Report of the Indian Hemp Drugs Commission, 1894-1895 - Volume III
Year: 1894
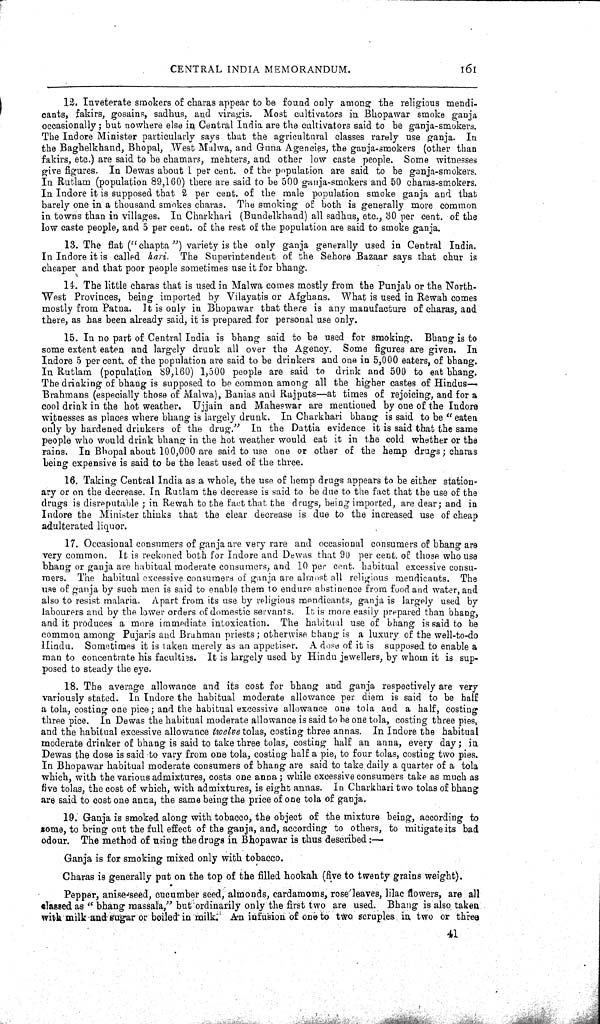
CENTRAL INDIA MEMORANDUM.
161
12. Inveterate smokers of charas appear to be found only among the religious mendi-
cants, fakirs, gosains, sadhus, and viragis. Most cultivators in Bhopawar smoke ganja
occasionally; but nowhere else in Central India are the cultivators said to be ganja-smokers.
The Indore Minister particularly says that the agricultural classes rarely use ganja.
In
the Baghelkhand, Bhopal, West Malwa, and Guna Agencies, the ganja-smokers (other than
fakirs, etc.) are said to be chamars, mehters, and other low caste people. Some witnesses
give figures. In Dewas about 1 per cent. of the population are said to be ganja-smokers.
In Rutlam (population 89,160) there are said to be 500 ganja-smokers and 50 charas-smokers.
In Indore it is supposed that 2 per cent. of the male population smoke ganja and that
barely one in a thousand smokes charas. The smoking of both is generally more common
in towns than in villages. In Charkhari (Bundelkhand) all sadhus, etc., 30 per cent. of the
low caste people, and 5 per cent. of the rest of the population are said to smoke ganja.
13. The flat ("chapta") variety is the only ganja generally used in Central India.
In Indore it is called hari.
The Superintendent of the Sehore Bazaar says that chur is
cheaper and that poor people sometimes use it for bhang.
14. The little charas that is used in Malwa comes mostly from the Punjab or the North-
West Provinces, being imported by Vilayatis or Afghans. What is used in Rewah comes
mostly from Patna. It is only in Bhopawar that there is any manufacture of charas, and
there, as has been already said, it is prepared for personal use only.
15. In no part of Central India is bhang said to be used for smoking. Bhang is to
some extent eaten and largely drunk all over the Agency. Some figures are given. In
Indore 5 per cent. of the population are said to be drinkers and one in 5,000 eaters, of bhang.
In Rutlam (population 89,160) 1,500 people are said to drink and 500 to eat bhang.
The drinking of bhang is supposed to be common among all the higher castes of Hindus—
Brahmans (especially those of Malwa), Banias and Rajputs—at times of rejoicing, and for a
cool drink in the hot weather. Ujjain and Maheswar are mentioned by one of the Indore
witnesses as places where bhang is largely drunk. In Charkhari bhang is said to be "eaten
only by hardened drinkers of the drug." In the Dattia evidence it is said that the same
people who would drink bhang in the hot weather would eat it in the cold whether or the
rains. In Bhopal about 100,000 are said to use one or other of the hemp drugs; charas
being expensive is said to be the least used of the three.
16. Taking Central India as a whole, the use of hemp drugs appears to be either station-
ary or on the decrease. In Rutlam the decrease is said to be due to the fact that the use of the
drugs is disreputable; in Rewah to the fact that the drugs, being imported, are dear; and in
Indore the Minister thinks that the clear decrease is due to the increased use of cheap
adulterated liquor.
17. Occasional consumers of ganja are very rare and occasional consumers of bhang are
very common. It is reckoned both for Indore and Dewas that 90 per cent. of those who use
bhang or ganja are habitual moderate consumers, and 10 per cent. habitual excessive consu-
mers. The habitual excessive consumers of ganja are almost all religious mendicants. The
use of ganja by such men is said to enable them to endure abstinence from food and water, and
also to resist malaria. Apart from its use by religious mendicants, ganja is largely used by
labourers and by the lower orders of domestic servants. It is more easily prepared than bhang,
and it produces a more immediate intoxication. The habitual use of bhang is said to be
common among Pujaris and Brahman priests; otherwise bhang is a luxury of the well-to-do
Hindu. Sometimes it is taken merely as an appetiser. A dose of it is supposed to enable a
man to concentrate his faculties. It is largely used by Hindu jewellers, by whom it is sup-
posed to steady the eye.
18. The average allowance and its cost for bhang and ganja respectively are very
variously stated. In Indore the habitual moderate allowance per diem is said to be half
a tola, costing one pice; and the habitual excessive allowance one tola and a half, costing
three pice. In Dewas the habitual moderate allowance is said to be one tola, costing three pies,
and the habitual excessive allowance twelve tolas, costing three annas. In Indore the habitual
moderate drinker of bhang is said to take three tolas, costing half an anna, every day; in
Dewas the dose is said to vary from one tola, costing half a pie, to four tolas, costing two pies.
In Bhopawar habitual moderate consumers of bhang are said to take daily a quarter of a tola
which, with the various admixtures, costs one anna; while excessive consumers take as much as
five tolas, the cost of which, with admixtures, is eight annas. In Charkhari two tolas of bhang
are said to cost one anna, the same being the price of one tola of ganja.
19. Ganja is smoked along with tobacco, the object of the mixture being, according to
some, to bring out the full effect of the ganja, and, according to others, to mitigate its bad
odour. The method of using the drugs in Bhopawar is thus described:—
Ganja is for smoking mixed only with tobacco.
Charas is generally put on the top of the filled hookah (five to twenty grains weight).
Pepper, anise-seed, cucumber seed, almonds, cardamoms, rose leaves, lilac flowers, are all
classed as "bhang massala," but ordinarily only the first two are used. Bhang is also taken
with milk and sugar or boiled in milk. An infusion of one to two scruples in two or three
41